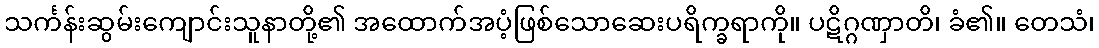
သင်္ကန်းဆွမ်းကျောင်းသူနာတို့၏ အထောက်အပံ့ဖြစ်သောဆေးပရိက္ခရာကို။ ပဋိဂ္ဂဏှာတိ၊ ခံ၏။ တေသံ၊